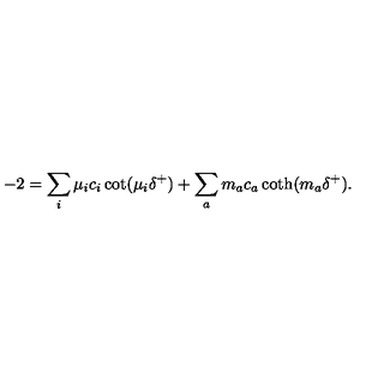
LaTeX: - 2 = \sum _ { i } \mu _ { i } c _ { i } \cot ( \mu _ { i } \delta ^ { + } ) + \sum _ { a } m _ { a } c _ { a } \coth ( m _ { a } \delta ^ { + } ) .